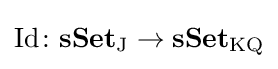
\operatorname {Id} \colon \mathbf {sSet} _{\mathrm {J} }\rightarrow \mathbf {sSet} _{\mathrm {KQ} }